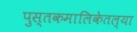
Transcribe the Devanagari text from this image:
पुस्तकमालिकेतल्या